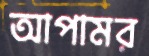
আপামর